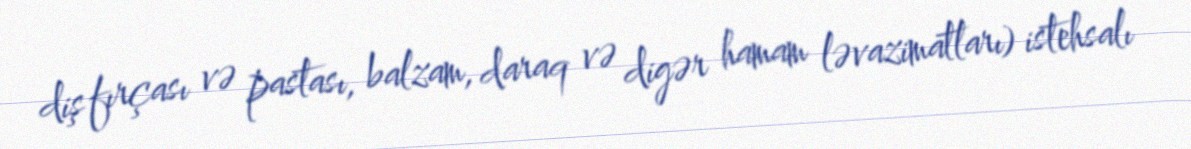
diş fırçası və pastası, balzam, daraq və digər hamam ləvazimatları) istehsalı